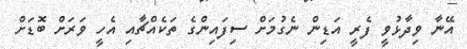
އޭނާ ވިދާޅުވީ ފެރީ އަޑިން ނެގުމަށް ސިފައިންގެ ތަކެއްޗާއި އެހީ ވަރަށް ބޮޑަށް